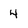
Character: 4